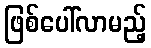
ဖြစ်ပေါ်လာမည့်